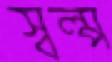
স্বল্প